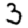
Digit: 3